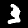
Digit: 3